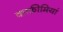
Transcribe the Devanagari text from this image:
काफ़ीमियां